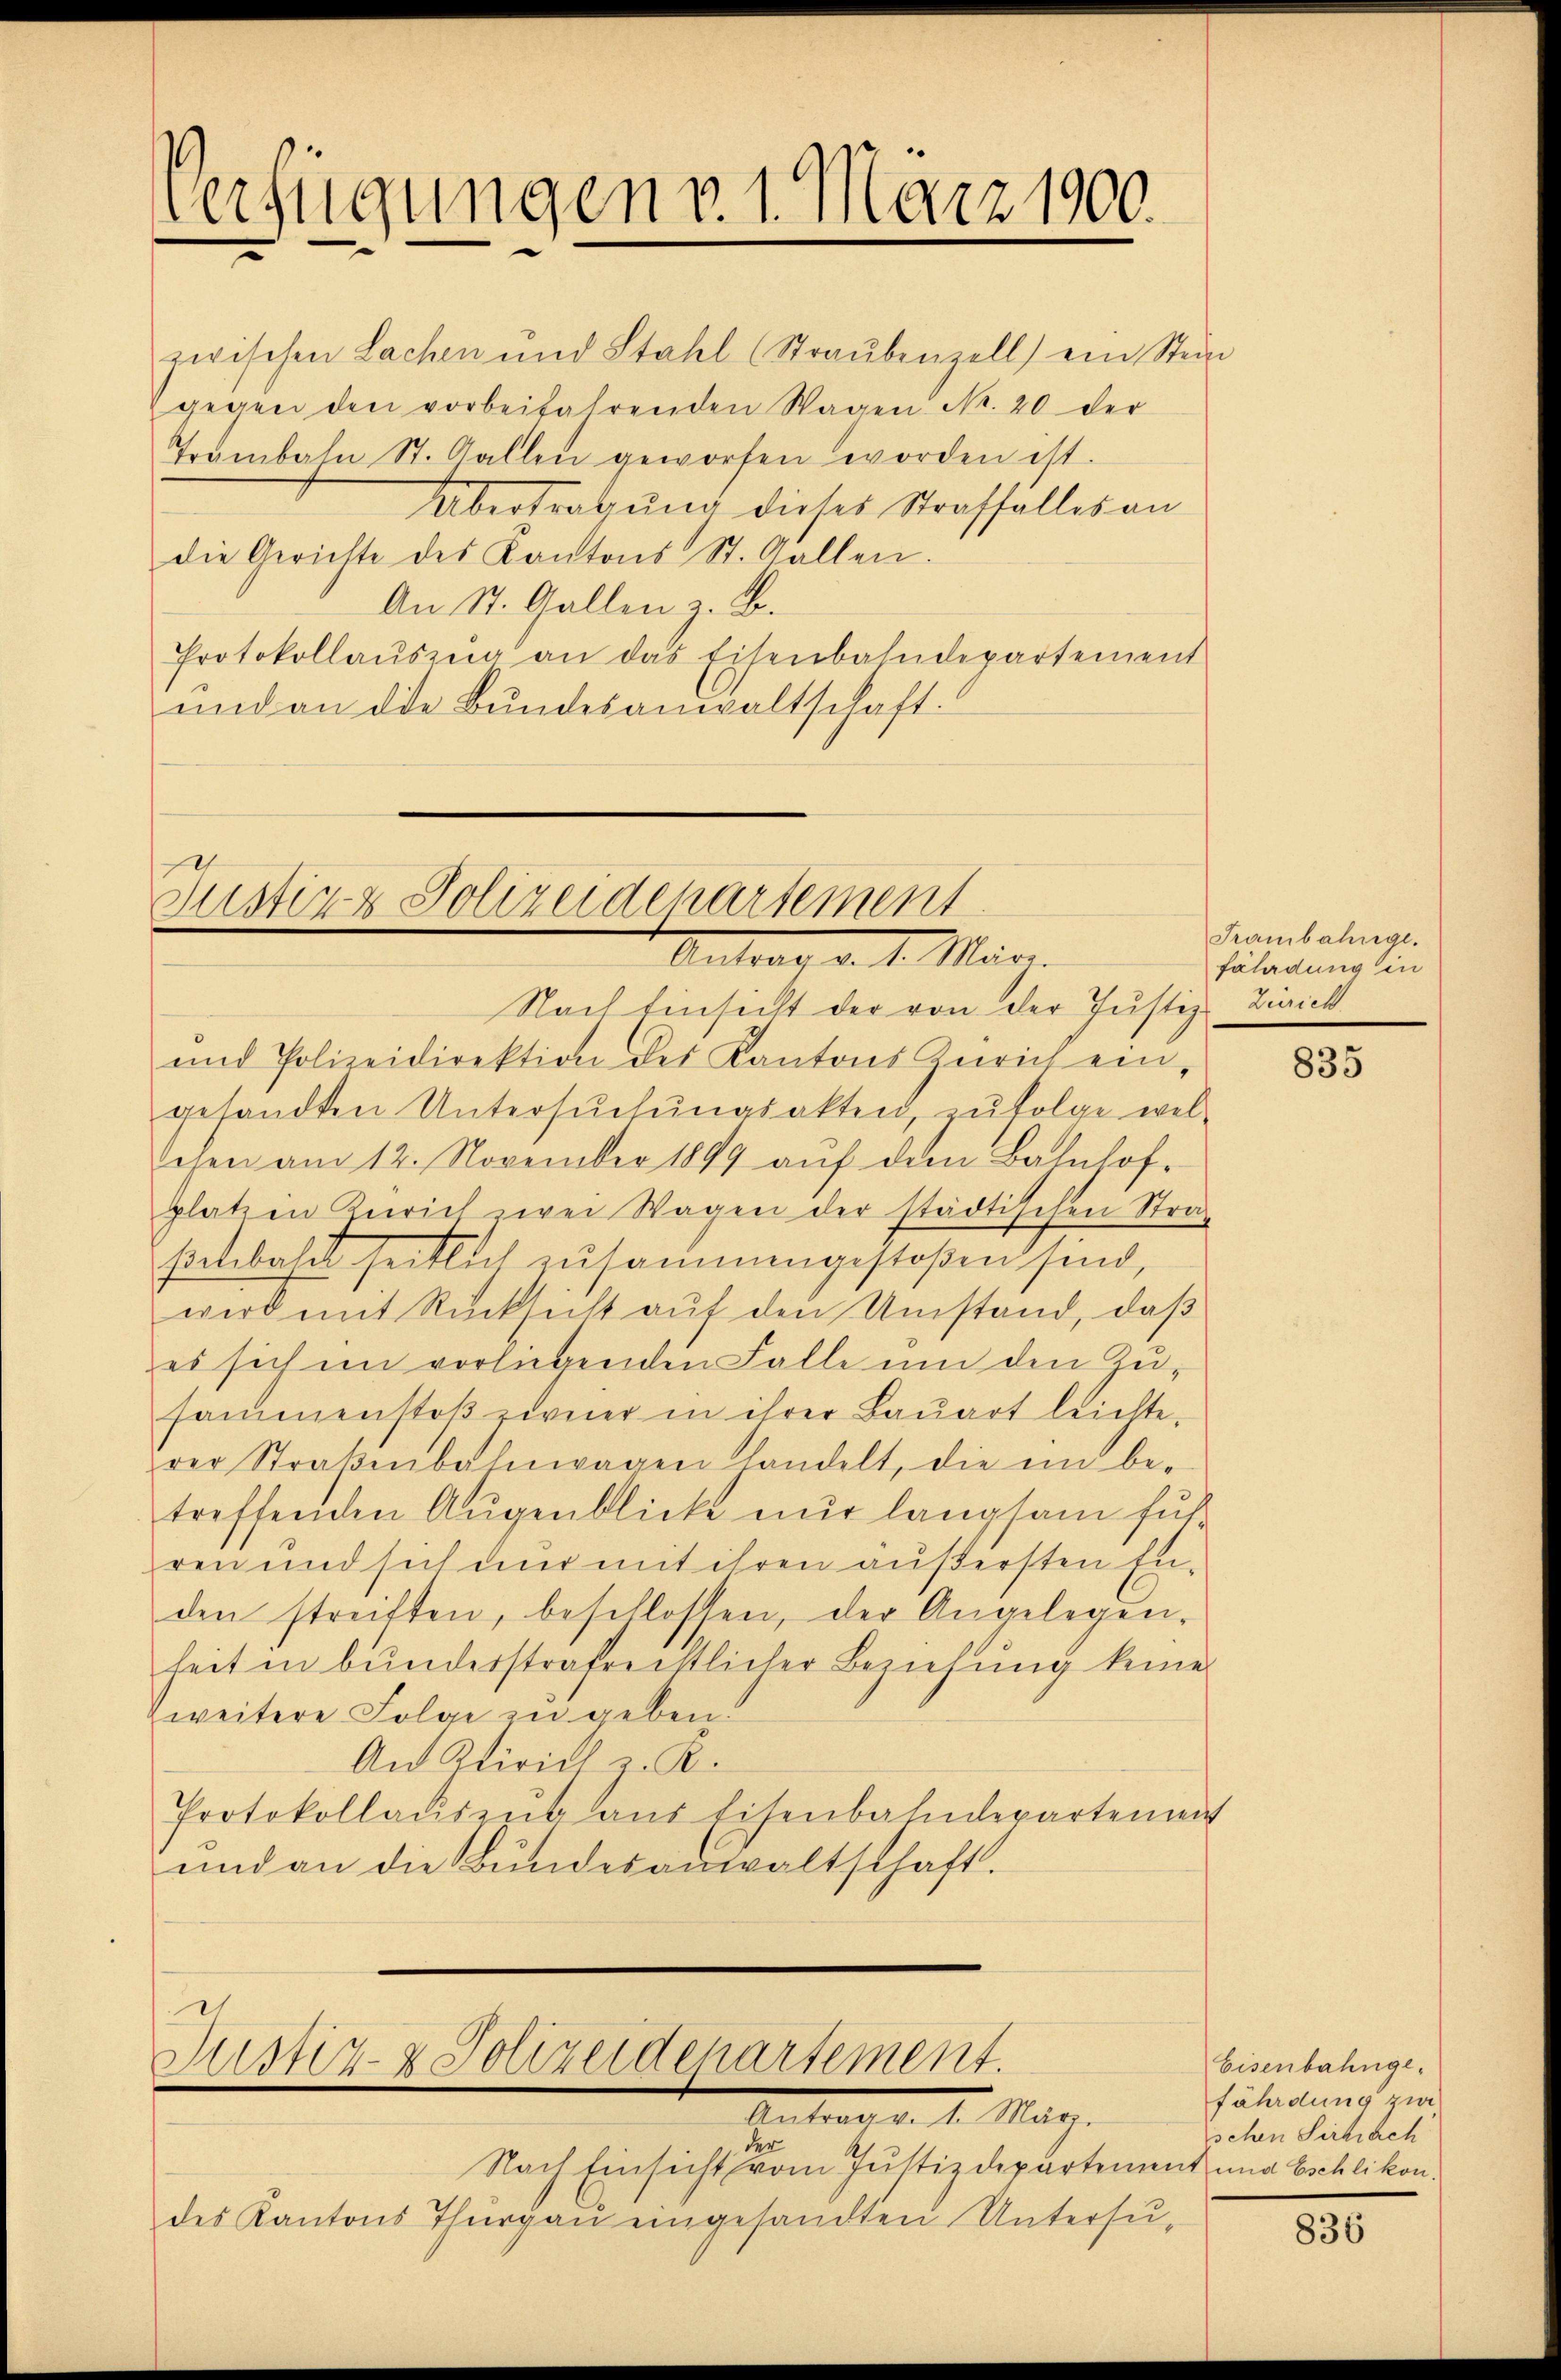
Verfügungen v. 1. März 1900.

Trämbahn St. Gallen geworfen worden ist.
Übertragung dieses Straffalles an
die Gerichte des Kantons St. Gallen.
An St. Gallen z. B.
Protokollaŭszŭg an das Eisenbahndepartement
und an die Bundesanwaltschaft:

Justiz & Polizeidepartement
Antrag d. 1. März.

zwischen Lachen und Stahl (Straŭbenzell) ein Stein
gegen den vorbeifahrenden Wagen Nr. 20 der

Nach Einsicht der von der Justiz- Zürich
und Polizeidirektion des Kantons Zürich ein-
gesandten Untersŭchŭngsakten, zufolge wel-
chen am 12. November 1899 aŭf dem Bahnhof-
platz in Zürich zwei Wagen der städtischen Stra
sochbahr seitlich zusammengestoßen sind,
wird mit Rücksicht aŭf den Umstand, daß
es sich im vorlegenden Falle um den Zusammenstoβ zweier in ihrer Baŭart leichte.
rer Straβenbahnwagen handelt, die in be-
treffenden Augenblicke nur langsam fus
ren und sich nur mit ihren äußersten Eiden streiften, beschlossen, der Angelegen-
heit in bunderstraferistlicher Beziehung keine
zweitere Folge zu geben.
An Zürich z. R.
Protokollaŭsens aus Eisenbahndepartement
und an die Bundesanwaltschaft.

e
Justiz- & Polizeidenartement.
Antrag d. 1. Mag.

2.
Nach Einsicht vom Justizdepartement und Eschlikon.
des Kantons Thurgau eingesandten Untersu¬

Frambahnge.
fährdung in

835

Eisenbahnge-
fährdung zwe
sehen Sirbrach

836